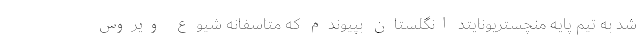
شد به تیم پایه منچستریونایتد انگلستان بپیوندم که متاسفانه شیوع ویروس